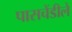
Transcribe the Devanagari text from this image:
पासचेंडीले